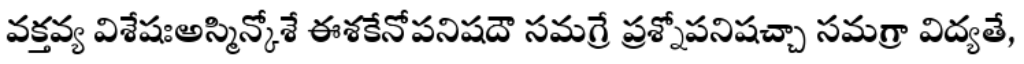
వక్తవ్య విశేషఃఅస్మిన్కోశే ఈశకేనోపనిషదౌ సమగ్రే ప్రశ్నోపనిషచ్చా సమగ్రా విద్యతే,